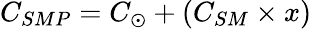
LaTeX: C_{SMP}=C_{\odot}+\left(C_{SM}\times x\right)